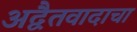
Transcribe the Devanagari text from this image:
अद्वैतवादाचा